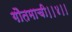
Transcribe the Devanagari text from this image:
गौतमाची।।४।।